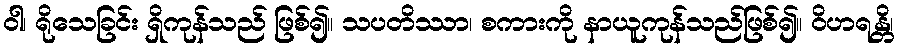
ဝါ၊ ရိုသေခြင်း ရှိကုန်သည် ဖြစ်၍။ သပတိဿာ၊ စကားကို နာယူကုန်သည်ဖြစ်၍။ ဝိဟရန္တိ၊